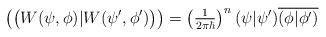
LaTeX: \begin{align*}\bigl( \bigl( W(\psi,\phi)|W(\psi^{\prime},\phi^{\prime}) \bigr) \bigr) = \left( \tfrac{1}{2\pi\hbar}\right) ^{n}(\psi|\psi^{\prime})\overline{(\phi|\phi^{\prime})}\end{align*}